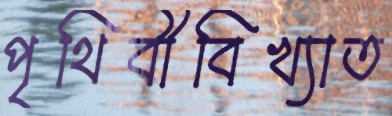
পৃথিবীবিখ্যাত